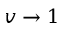
v \rightarrow 1